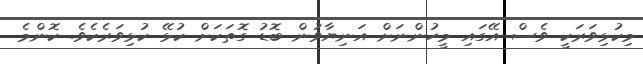
މިކުޅިވަރަކީ ވެސް އޭގައި މީހުންނަށް އަނިޔާވުން ބޮޑު ގޮތަކަށް ކުޅޭ ކުޅިވަރެކެވެ. ކޮންމެ